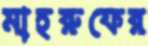
মাহরুফের